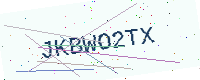
Text: JKBWO2TX